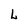
Character: L